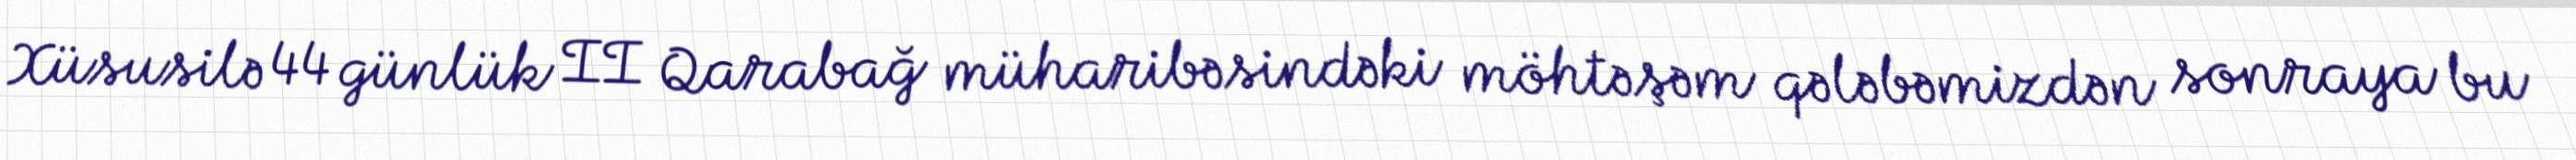
Xüsusilə 44 günlük II Qarabağ müharibəsindəki möhtəşəm qələbəmizdən sonraya bu